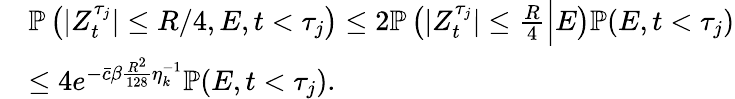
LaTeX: \begin{array}{rl}&{\mathbb{P}\left(|Z_{t}^{\tau_{j}}|\le R/4,E,t<\tau_{j}\right)\le 2\mathbb{P}\left(|Z_{t}^{\tau_{j}}|\leq\frac{R}{4}\Big|E\right)\mathbb{P}(E,t<\tau_{j})}\\ &{\le 4e^{-\bar{c}\beta\frac{R^{2}}{128}\eta_{k}^{-1}}\mathbb{P}(E,t<\tau_{j}).}\end{array}